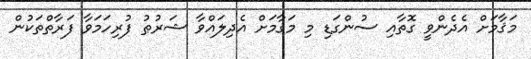
މަޤާމަށް އެދެންވީ ގޮތާއި ސުންގަޑި މި މަޤާމަށް އެދިލައްވާ ޝަރުޠު ފުރިހަމަވާ ފަރާތްތަކުން